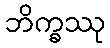
ဘိက္ခဿု